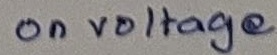
Text: on voltage